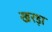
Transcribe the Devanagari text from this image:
खरड़ा